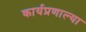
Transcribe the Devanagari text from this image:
कार्यप्रणाल्या